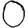
Digit: 0